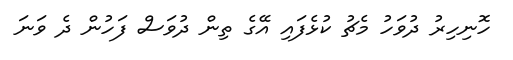
ހޮނިހިރު ދުވަހު މެޗު ކުޅެފައި އޭގެ ތިން ދުވަސް ފަހުން ދެ ވަނަ